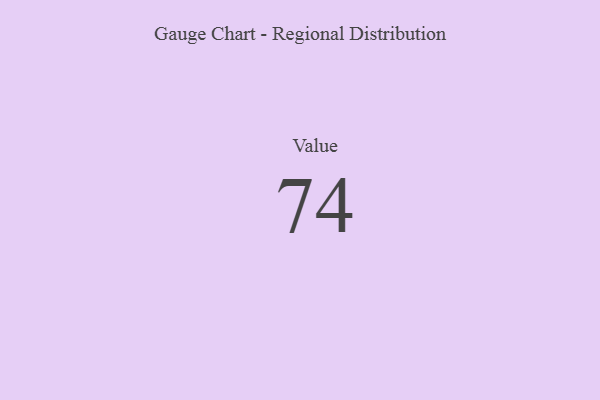
{"axis": {"x": "Metric", "y": "Value"}, "legend": [""], "data": [{"x": "Value", "y": 74, "type": ""}]}